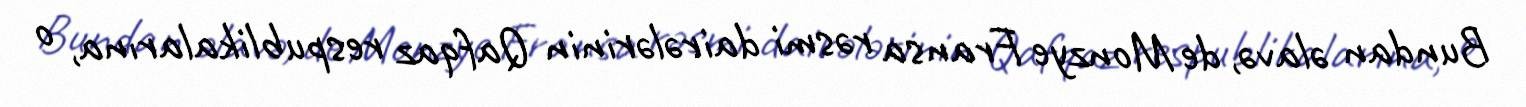
Bundan əlavə, de Monzye Fransa rəsmi dairələrinin Qafqaz respublikalarına, o